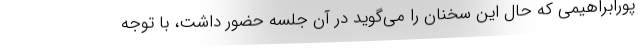
پورابراهیمی که حال این سخنان را می‌گوید در آن جلسه حضور داشت، با توجه